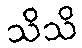
သိသိ